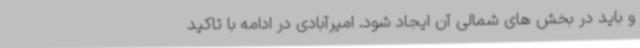
و باید در بخش های شمالی آن ایجاد شود. امیرآبادی در ادامه با تاکید